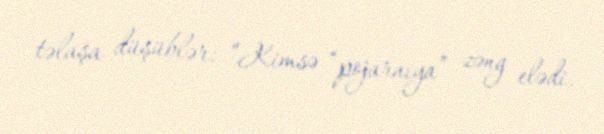
təlaşa düşüblər: “Kimsə “pojarnıya” zəng elədi.